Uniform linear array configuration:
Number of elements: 24
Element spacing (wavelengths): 1
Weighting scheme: hamming
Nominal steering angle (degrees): -60
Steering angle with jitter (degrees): -60.028
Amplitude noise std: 0.05
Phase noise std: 0.05

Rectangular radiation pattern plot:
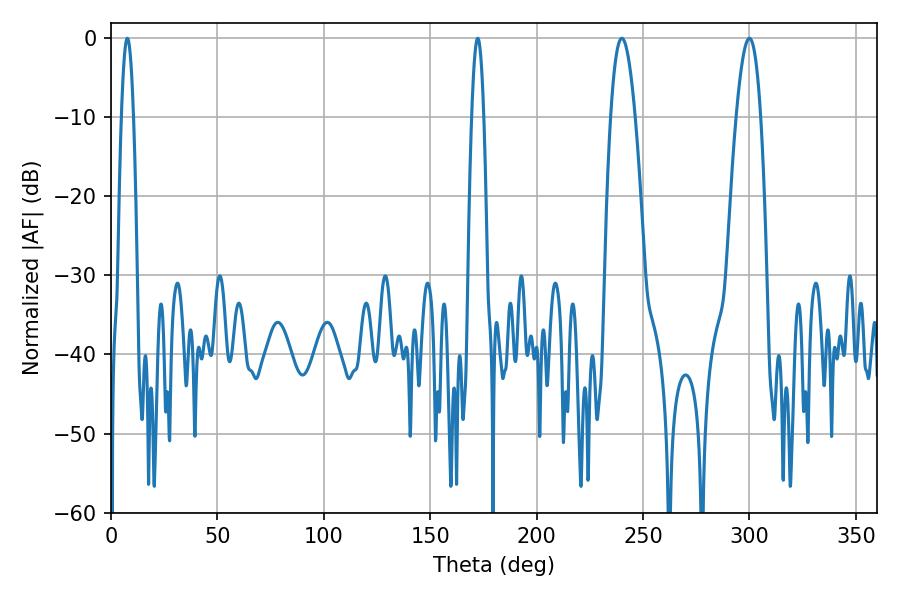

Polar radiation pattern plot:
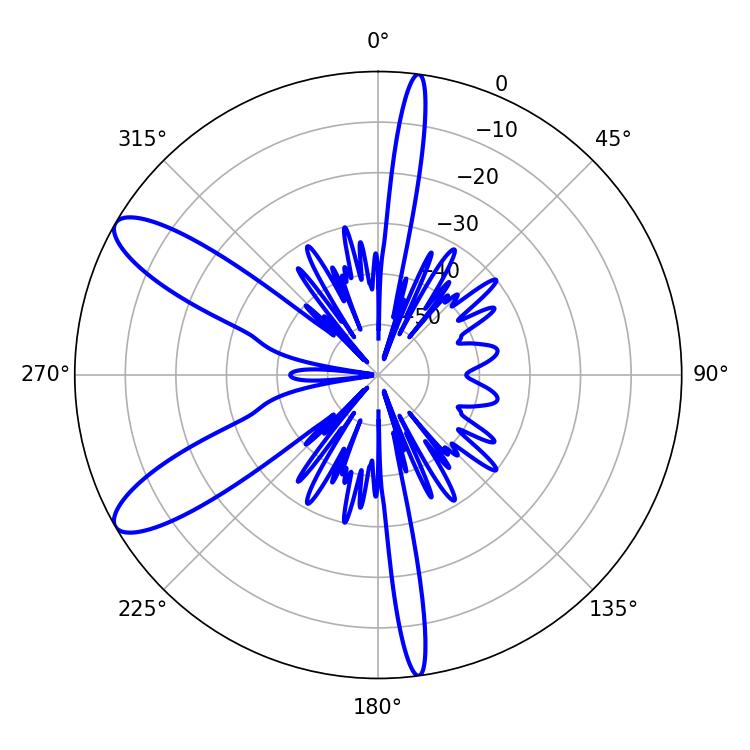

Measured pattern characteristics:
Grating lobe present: TRUE
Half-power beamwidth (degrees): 6.3
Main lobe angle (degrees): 299.88